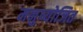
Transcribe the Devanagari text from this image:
मनुष्योजित